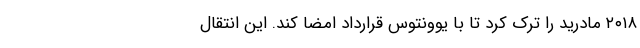
۲۰۱۸ مادرید را ترک کرد تا با یوونتوس قرارداد امضا کند. این انتقال